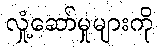
လှုံ့ဆော်မှုများကို